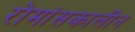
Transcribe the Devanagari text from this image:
रोमांसकालीन